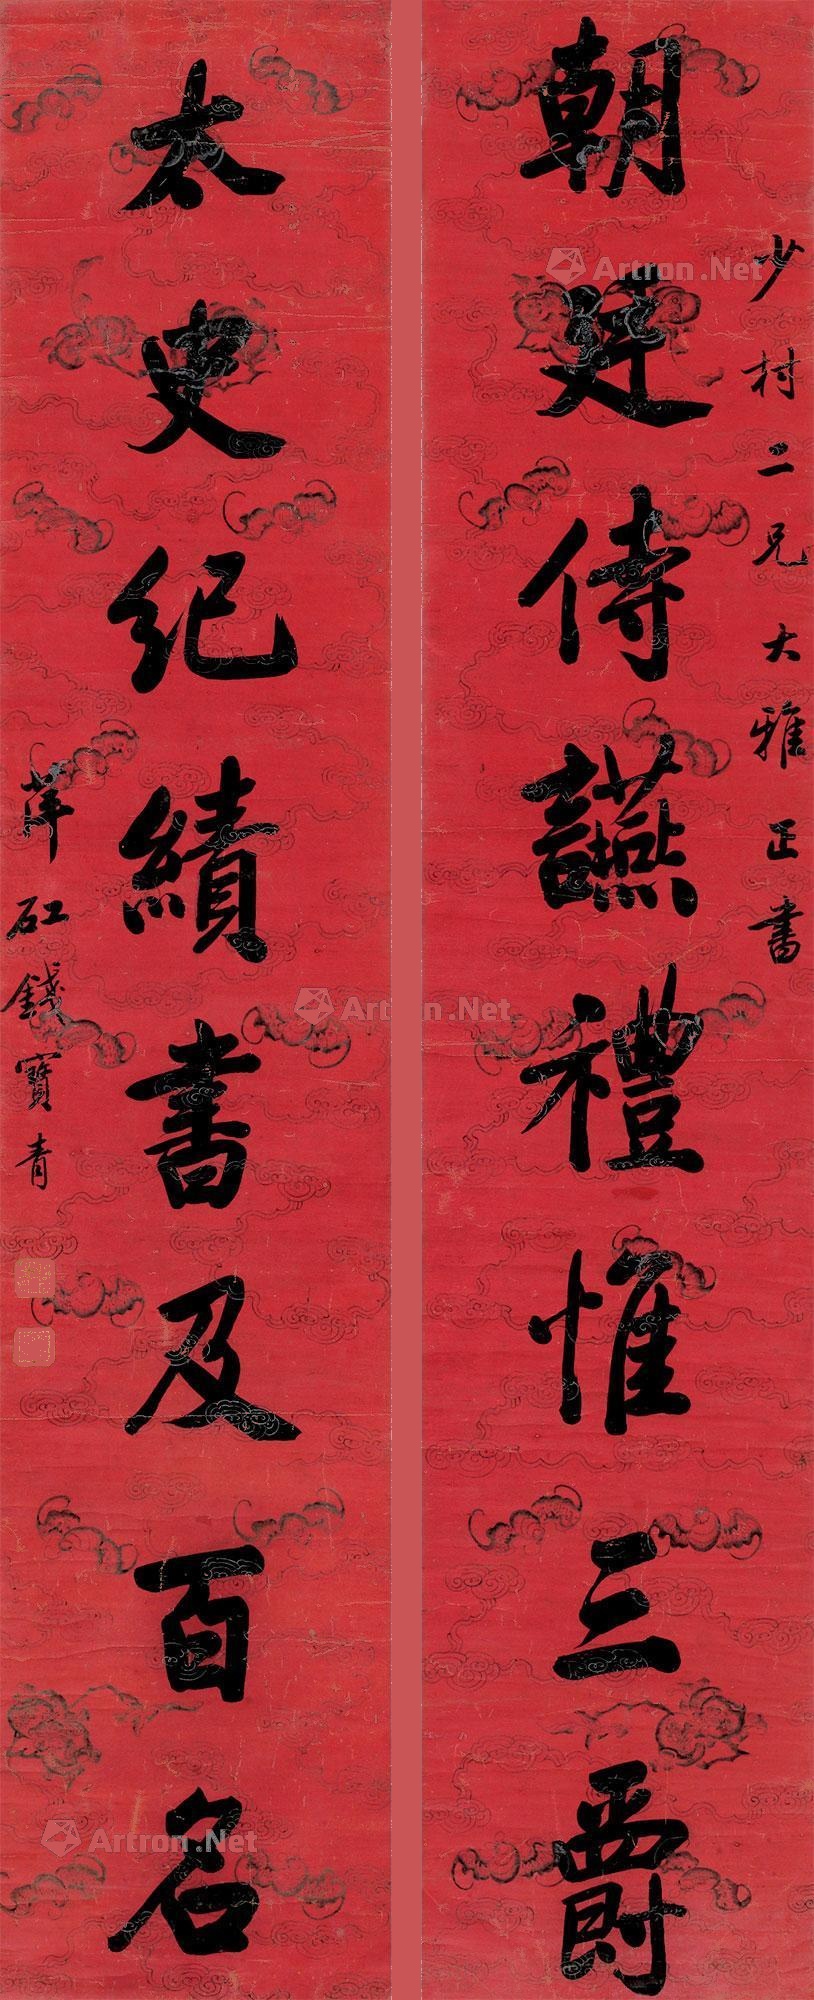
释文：朝廷侍䜩礼惟三爵，太史纪绩书及百名。少村二兄大雅正书，萍矼钱宝青。